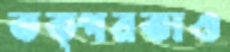
তত্পরতাও